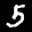
Label: 5